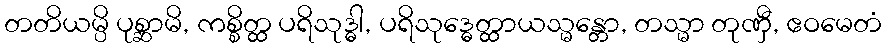
တတိယမ္ပိ ပုစ္ဆာမိ, ကစ္စိတ္ထ ပရိသုဒ္ဓါ, ပရိသုဒ္ဓေတ္ထာယသ္မန္တော, တသ္မာ တုဏှီ, ဧဝမေတံ